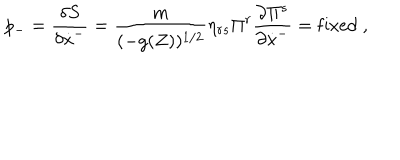
p _ { - } = \frac { \delta S } { \delta \dot { x } ^ { - } } = \frac { m } { ( - g ( Z ) ) ^ { 1 / 2 } } \eta _ { r s } \Pi ^ { r } \frac { \partial \Pi ^ { s } } { \partial \dot { x } ^ { - } } = \mathrm { f i x e d ~ } ,